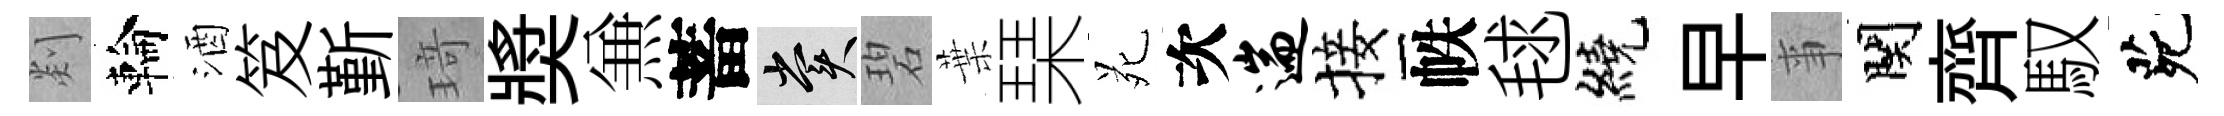
剡輪酒笈斳𤦺奬𠔥蓄賞碧葉琹苑次遄接帙毬繞早亊関齊馭茕